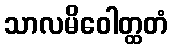
သာလမိဝေါတ္ထတံ